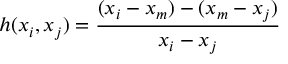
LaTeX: h ( x _ { i } , x _ { j } ) = { \frac { ( x _ { i } - x _ { m } ) - ( x _ { m } - x _ { j } ) } { x _ { i } - x _ { j } } }